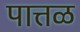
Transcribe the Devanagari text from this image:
पात्तळ